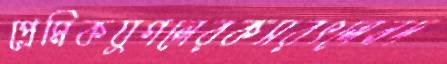
প্রেমিকযুগলেরকসরৎলেনদ